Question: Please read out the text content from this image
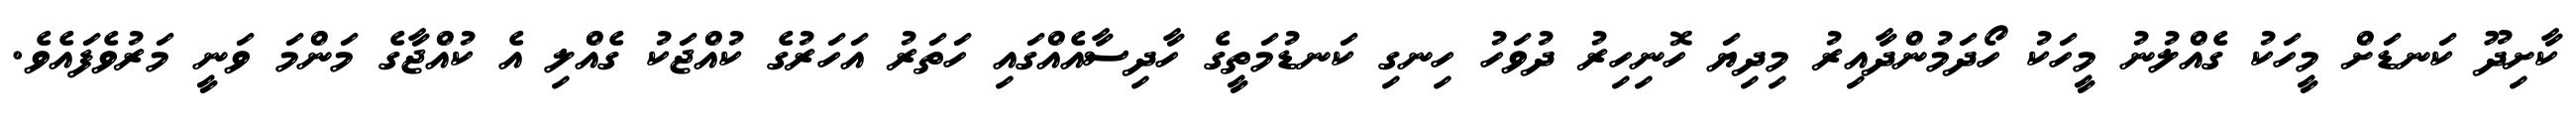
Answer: ކާށިދޫ ކަނޑަށް މީހަކު ގެއްލުނު މީހަކު ހޯދަމުންދާއިރު މިދިޔަ ހޮނިހިރު ދުވަހު ހިނގި ކަނޑުމަތީގެ ހާދިސާއެއްގައި ހަތަރު އަހަރުގެ ކުއްޖަކު ގެއްލި އެ ކުއްޖާގެ މަންމަ ވަނީ މަރުވެފައެވެ.